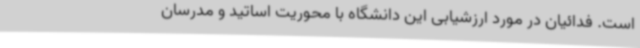
است. فدائیان در مورد ارزشیابی این دانشگاه با محوریت اساتید و مدرسان